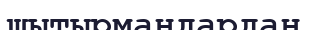
шытырмандардан